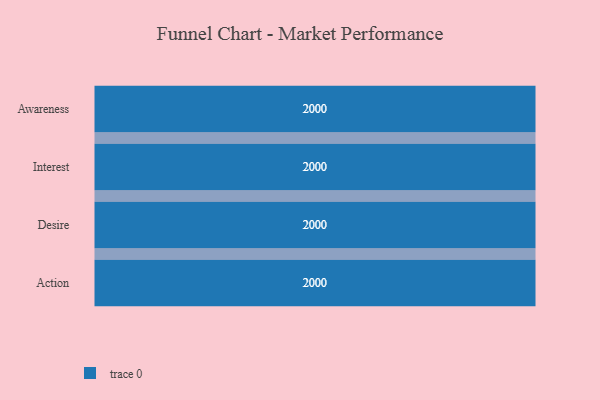
{"axis": {"x": "Stage", "y": "Value"}, "legend": [""], "data": [{"x": "Awareness", "y": 2000, "type": ""}, {"x": "Interest", "y": 2000, "type": ""}, {"x": "Desire", "y": 2000, "type": ""}, {"x": "Action", "y": 2000, "type": ""}]}